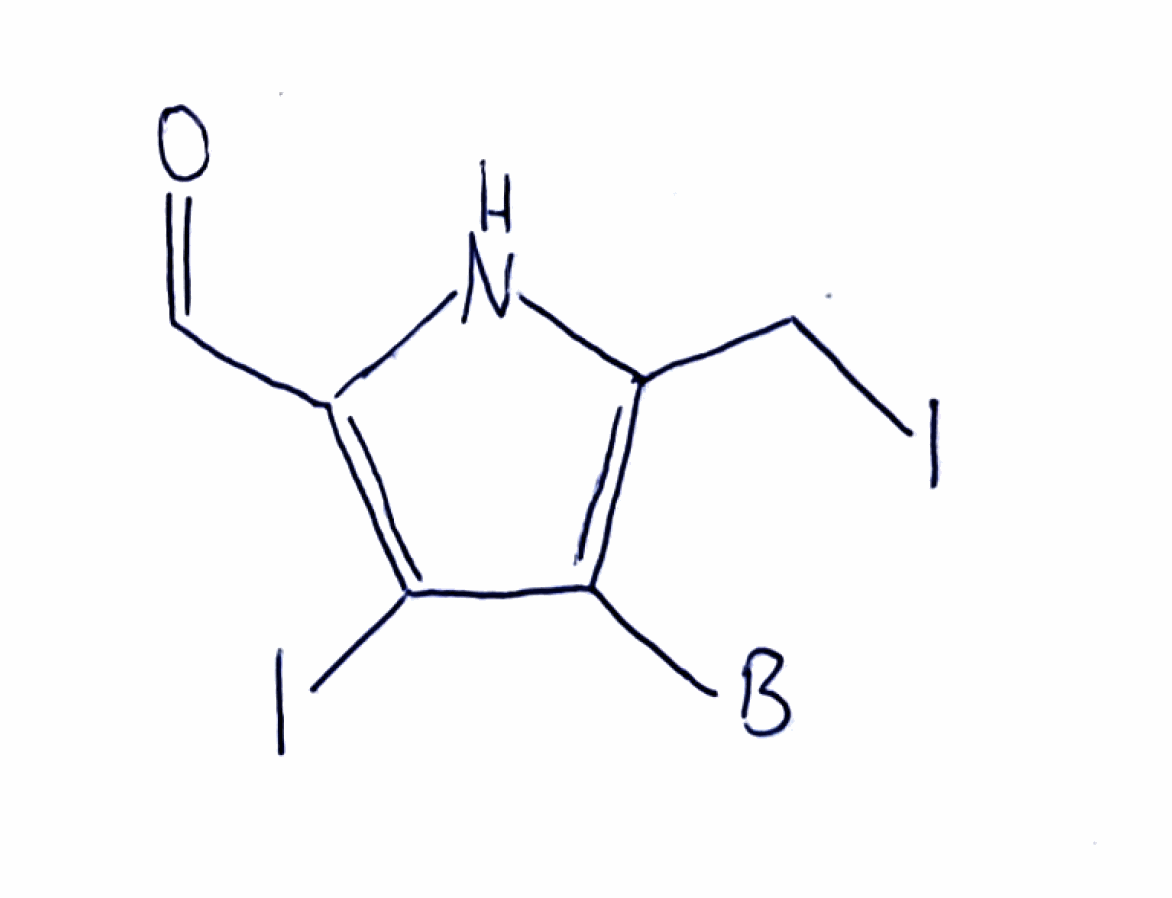
Simplified molecular-input line-entry system (SMILES) notation of the given molecule:
[B]C1=C(NC(=C1I)C=O)CI